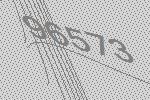
96573